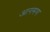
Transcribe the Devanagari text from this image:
आगमण